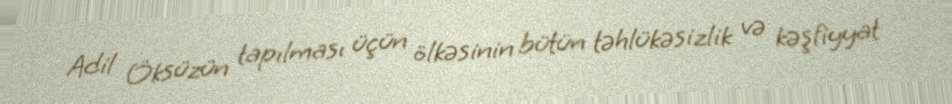
Adil Öksüzün tapılması üçün ölkəsinin bütün təhlükəsizlik və kəşfiyyat